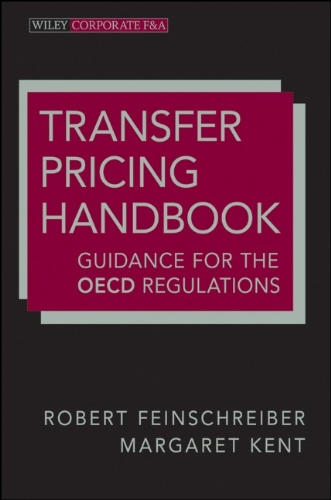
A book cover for Transfer Pricing Handbook: Guidance for the OECD Regulations; Robert Feinschreiber; Law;